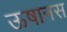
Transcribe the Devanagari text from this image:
ऊषानस